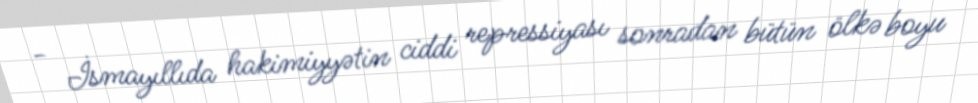
- İsmayıllıda hakimiyyətin ciddi repressiyası sonradan bütün ölkə boyu